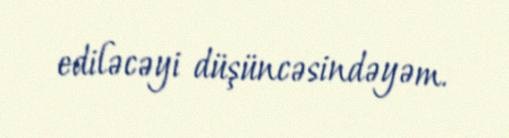
ediləcəyi düşüncəsindəyəm.